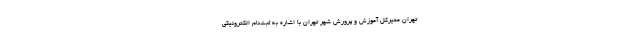
تهران مدیرکل آموزش و پرورش شهر تهران با اشاره به ثبت‌نام الکترونیکی